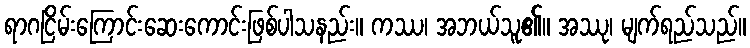
ရာဂငြိမ်းကြောင်းဆေးကောင်းဖြစ်ပါသနည်း။ ကဿ၊ အဘယ်သူ၏။ အဿု၊ မျက်ရည်သည်။